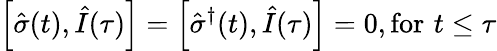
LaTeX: \left[\hat{\sigma}(t),\hat{I}(\tau)\right]=\left[\hat{\sigma}^{\dagger}(t),\hat{I}(\tau)\right]=0,\mathrm{for}\, \, t\leq\tau